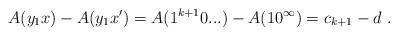
LaTeX: \begin{align*}A(y_1x) - A(y_1x') = A(1^{k+1}0...) - A(10^\infty) = c_{k+1} - d \ .\end{align*}